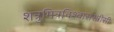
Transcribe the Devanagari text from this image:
शत्रुमित्रविश्वासस्त्रीसी